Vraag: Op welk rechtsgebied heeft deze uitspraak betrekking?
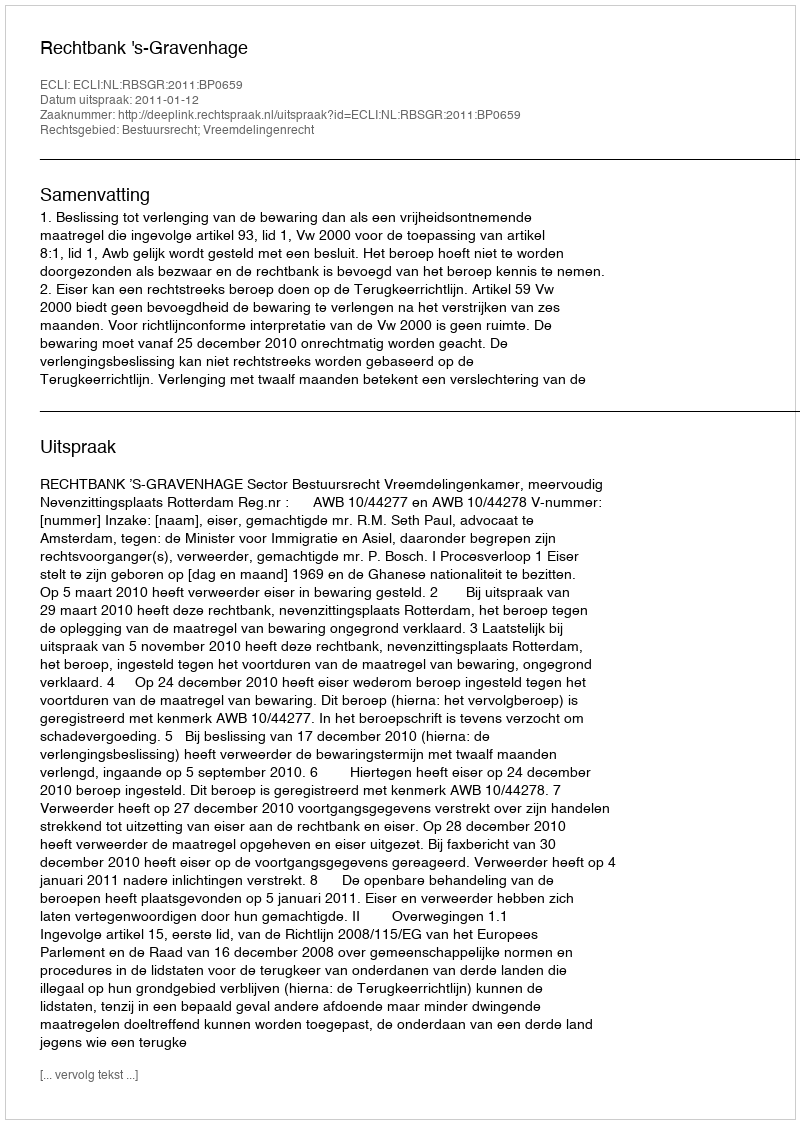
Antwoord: Bestuursrecht; Vreemdelingenrecht